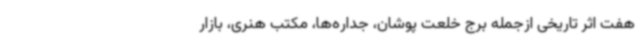
هفت اثر تاریخی ازجمله برج خلعت پوشان، جداره‌ها، مکتب هنری، بازار